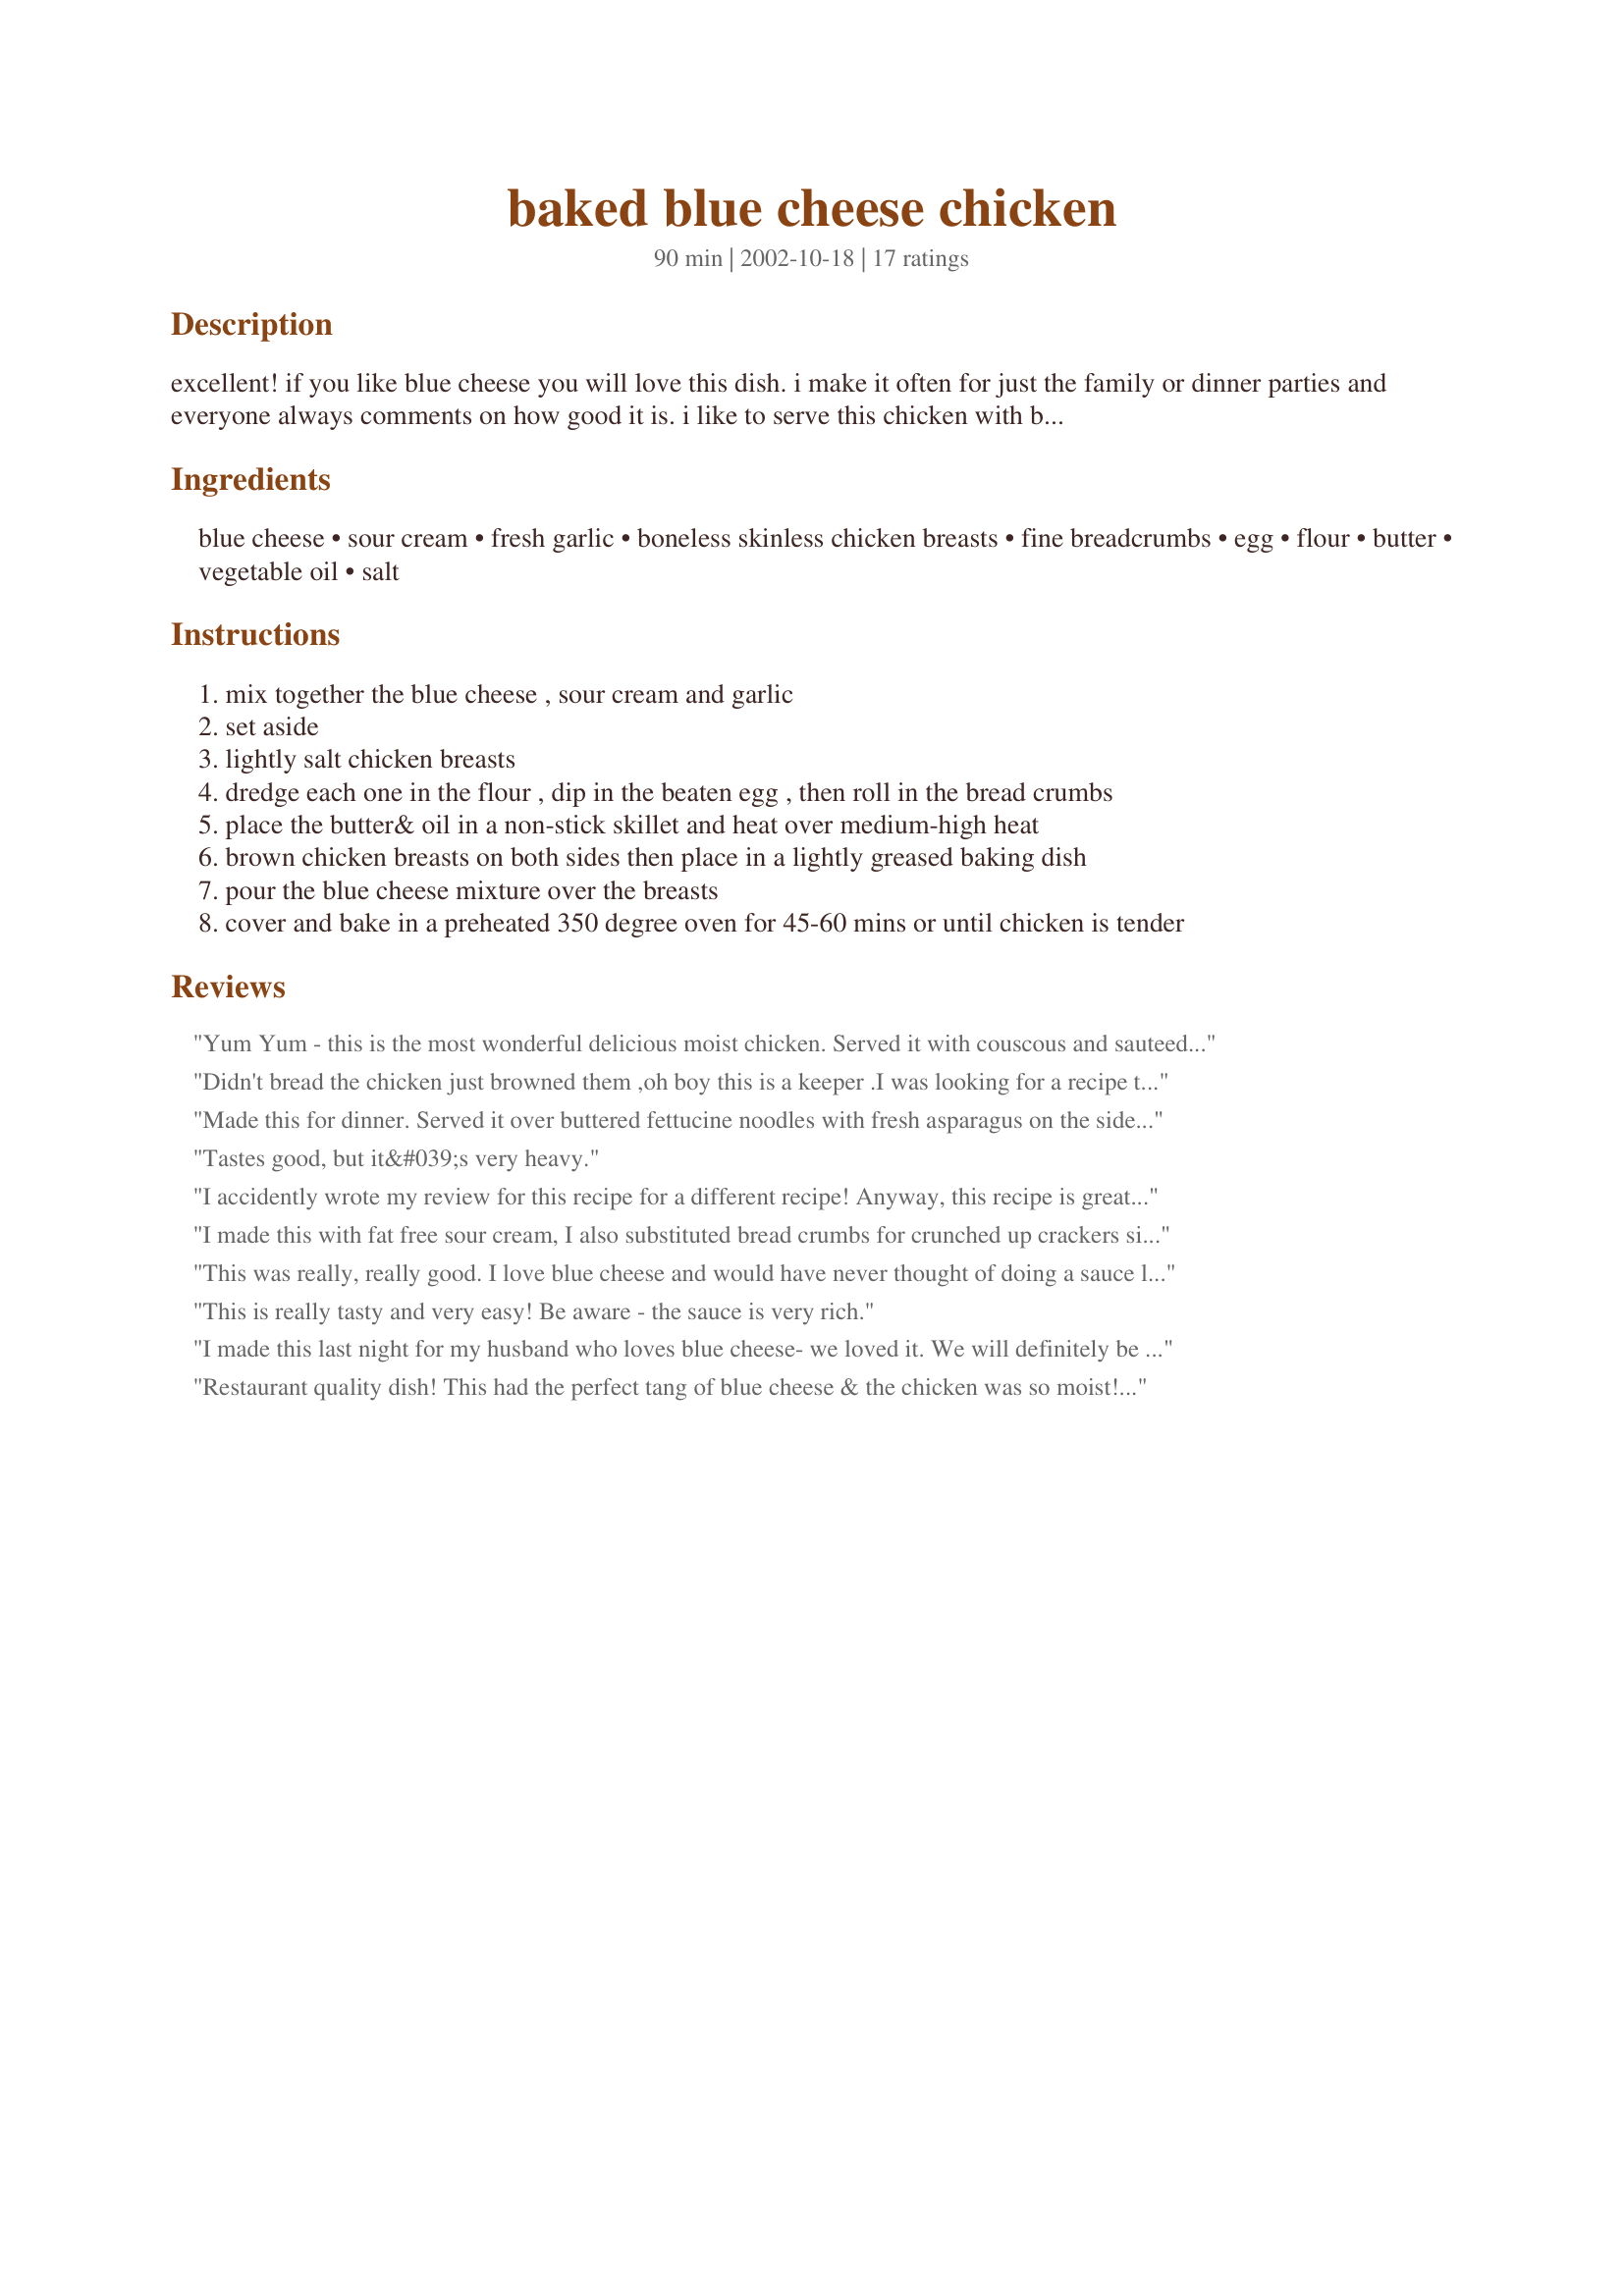
baked blue cheese chicken
Preparation time: 90 minutes

excellent! if you like blue cheese you will love this dish. i make it often for just the family or dinner parties and everyone always comments on how good it is. i like to serve this chicken with baked potatoes or a rice dish and a green salad. enjoy!

Ingredients:
blue cheese, sour cream, fresh garlic, boneless skinless chicken breasts, fine breadcrumbs, egg, flour, butter, vegetable oil, salt

Steps:
mix together the blue cheese , sour cream and garlic
set aside
lightly salt chicken breasts
dredge each one in the flour , dip in the beaten egg , then roll in the bread crumbs
place the butter& oil in a non-stick skillet and heat over medium-high heat
brown chicken breasts on both sides then place in a lightly greased baking dish
pour the blue cheese mixture over the breasts
cover and bake in a preheated 350 degree oven for 45-60 mins or until chicken is tender

Reviews:
Yum Yum - this is the most wonderful delicious moist chicken. Served it with couscous and sauteed spinach and rolls to sop up the sauce. Wonderful recipe - thanks for posting!
Didn't bread the chicken just browned them ,oh boy this is a keeper .I was looking for a recipe to use up some blue cheese and sour cream and this was it.We are going to make the sauce on steaks next time!thanks!
Made this for dinner. Served it over buttered fettucine noodles with fresh asparagus on the side. Literally thought we'd died and gone to heaven it was sooooo good. Hubby is already demanding it for his birthday meal!
Tastes good, but it&#039;s very heavy.
I accidently wrote my review for this recipe for a different recipe!
Anyway, this recipe is great. If you like blue cheese you need to try it. I cooked a bag of broad egg noodles and mixed it up with the sauce that was left in the pan, delish. Will definatly be making again.
I made this with fat free sour cream, I also substituted bread crumbs for crunched up crackers since I had no BC. Served over pasta, with broccoli, rolls and fruit salad. Nice meal.
I am rating this so high because my family loved it. my kids ate it! (wow) and my husband said this was one to make again. The chicken was super moist, I actually cut it with the side of my fork. thanks for posting
This was really, really good. I love blue cheese and would have never thought of doing a sauce like this for chicken. I made this exactly as the recipe directs and I served this with parsley buttered noodles and a green salad with a vinegarette dressing. We drank an Australian Shiraz with the meal and my friends raved about the entire thing. Thank you for an awesome recipe.
This is really tasty and very easy! Be aware - the sauce is very rich.
I made this last night for my husband who loves blue cheese- we loved it. We will definitely be making it again but this time might put the sauce inside the chicken!!!
Restaurant quality dish! This had the perfect tang of blue cheese & the chicken was so moist! I used whole wheat flour & homemade Italian breadcrumbs. I'm always looking for dishes I can make ahead of time that my boyfriend only has to pop in the oven and this worked out beautifully. He will "cook" as long as it involves three directions or less. 
Served with baked potatoes & salad.
This recipe was okay, for me it lacked flavor. I scaled it down to suit 2 chicken breasts and used light sour cream. Perhaps it needed more blue cheese, but I used 3 oz so I'm not sure. I also added some fresh rosemary to sauce to help spark it up.
So Good!! My mother-in-law and husband really liked it as well. I used low fat sour cream & didn't salt the chicken but otherwise followed the recipe. The breading wasn't crispy when it was done (it was still delicious) so maybe next time instead of pouring the bluecheese sauce "over the breasts" I'll put it around them? The sauce was also thicker than I expected it to be--not a bad thing, but a surprise. It was good with noodles. This is a keeper.
I'd say this recipe was a solid good...not the greatest ever, but pretty darn good. High marks for ease of preparation, and overall taste was good. A recipe that I'll keep and make again.
Very moist and easy. As I was cutting up a breast, I could hardly believe how soft it was- I could have used a butter knife... or even just a fork! DH is doing the low carb thing so I just browned the chicken without the breadcrumbs and it turned out fine. Thanks so much Anita!
This has become a regular at my house. It is so tasty. Thank you.
This was delicious, but extremely rich. I'll do it again, but not too often. I used No Fat sour cream, but still had a guilty conscience afterward. Perhaps I'll cut the blue cheese down, next time.
I think the sauce would be great for fettucine.
Very good, flavorful. More of an adult taste, though my 12-year old did enjoy it.
